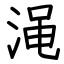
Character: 渑